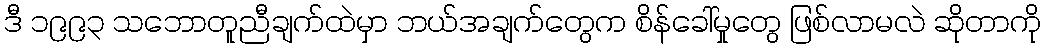
ဒီ ၁၉၉၃ သဘောတူညီချက်ထဲမှာ ဘယ်အချက်တွေက စိန်ခေါ်မှုတွေ ဖြစ်လာမလဲ ဆိုတာကို